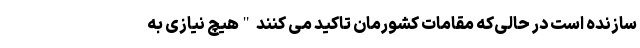
سازنده است در حالی‌که مقامات کشورمان تاکید می کنند "هیچ نیازی به